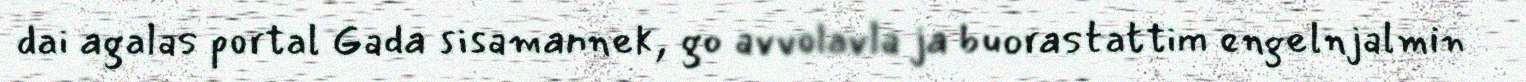
dai agalas portal Gada sisamannek, go avvolavla ja buorastattim engelnjalmin